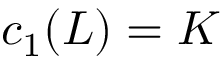
c _ { 1 } ( L ) = K